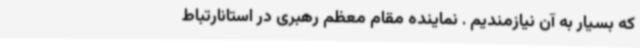
که بسیار به آن نیازمندیم . نماینده مقام معظم رهبری در استانارتباط